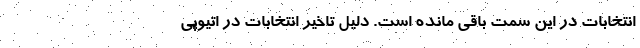
انتخابات در این سمت باقی مانده است. دلیل تاخیر انتخابات در اتیوپی